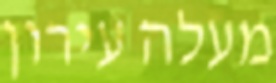
מעלה עירון